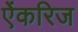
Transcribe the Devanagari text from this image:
ऐंकरिज